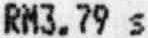
RM3.79 S